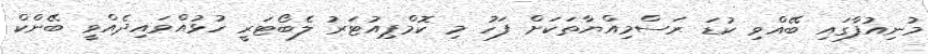
މުނިއުފާގައި ބޭއްވި ކުޑަ ރަސްމިއްޔާތަކަށް ފަހު މި ކޮމްޕިއުޓަރު ލެބޯޓަރީ ހުޅުއްވައިދެއްވީ ބޭންކް